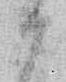
か